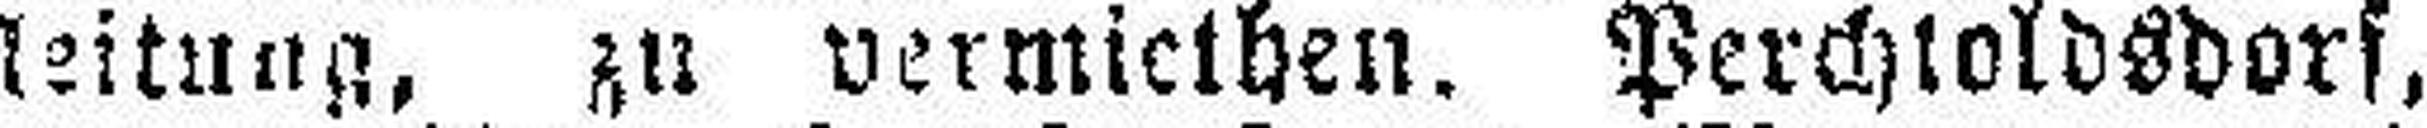
leitung, zu vermiethen. Perchtoldsdorf,